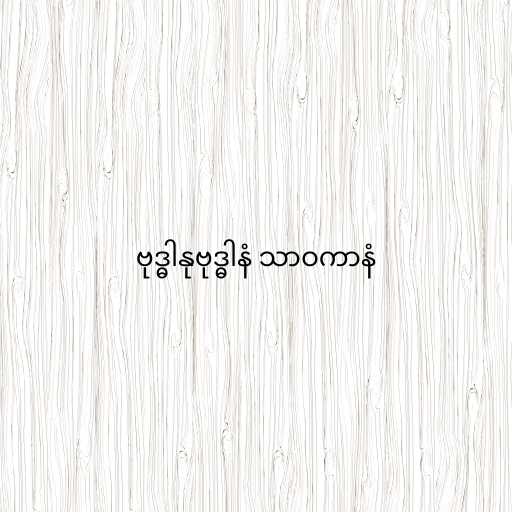
ဗုဒ္ဓါနုဗုဒ္ဓါနံ သာဝကာနံ